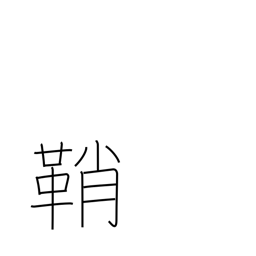
Meaning: case